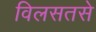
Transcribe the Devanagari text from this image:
विलसतसे